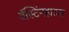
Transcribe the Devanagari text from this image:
वॅस्टिंगहाउस